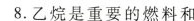
8.乙烷是重要的燃料和